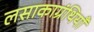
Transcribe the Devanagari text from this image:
लसाकाग्रंथियाँ